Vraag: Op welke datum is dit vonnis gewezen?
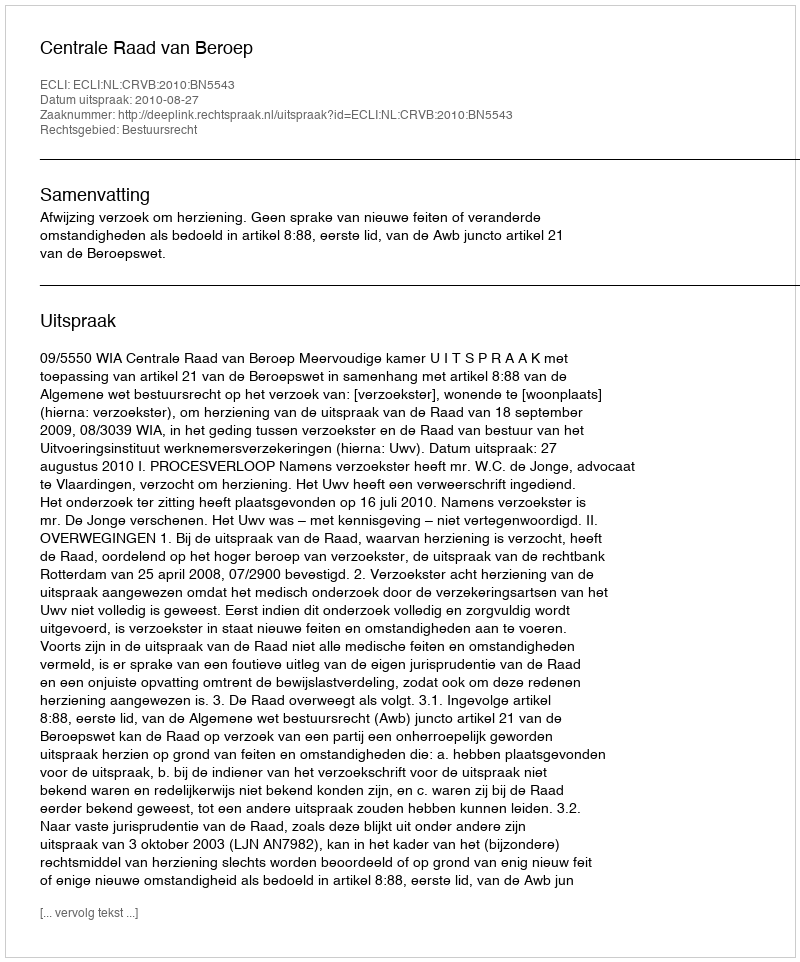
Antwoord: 2010-08-27